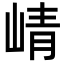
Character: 崝